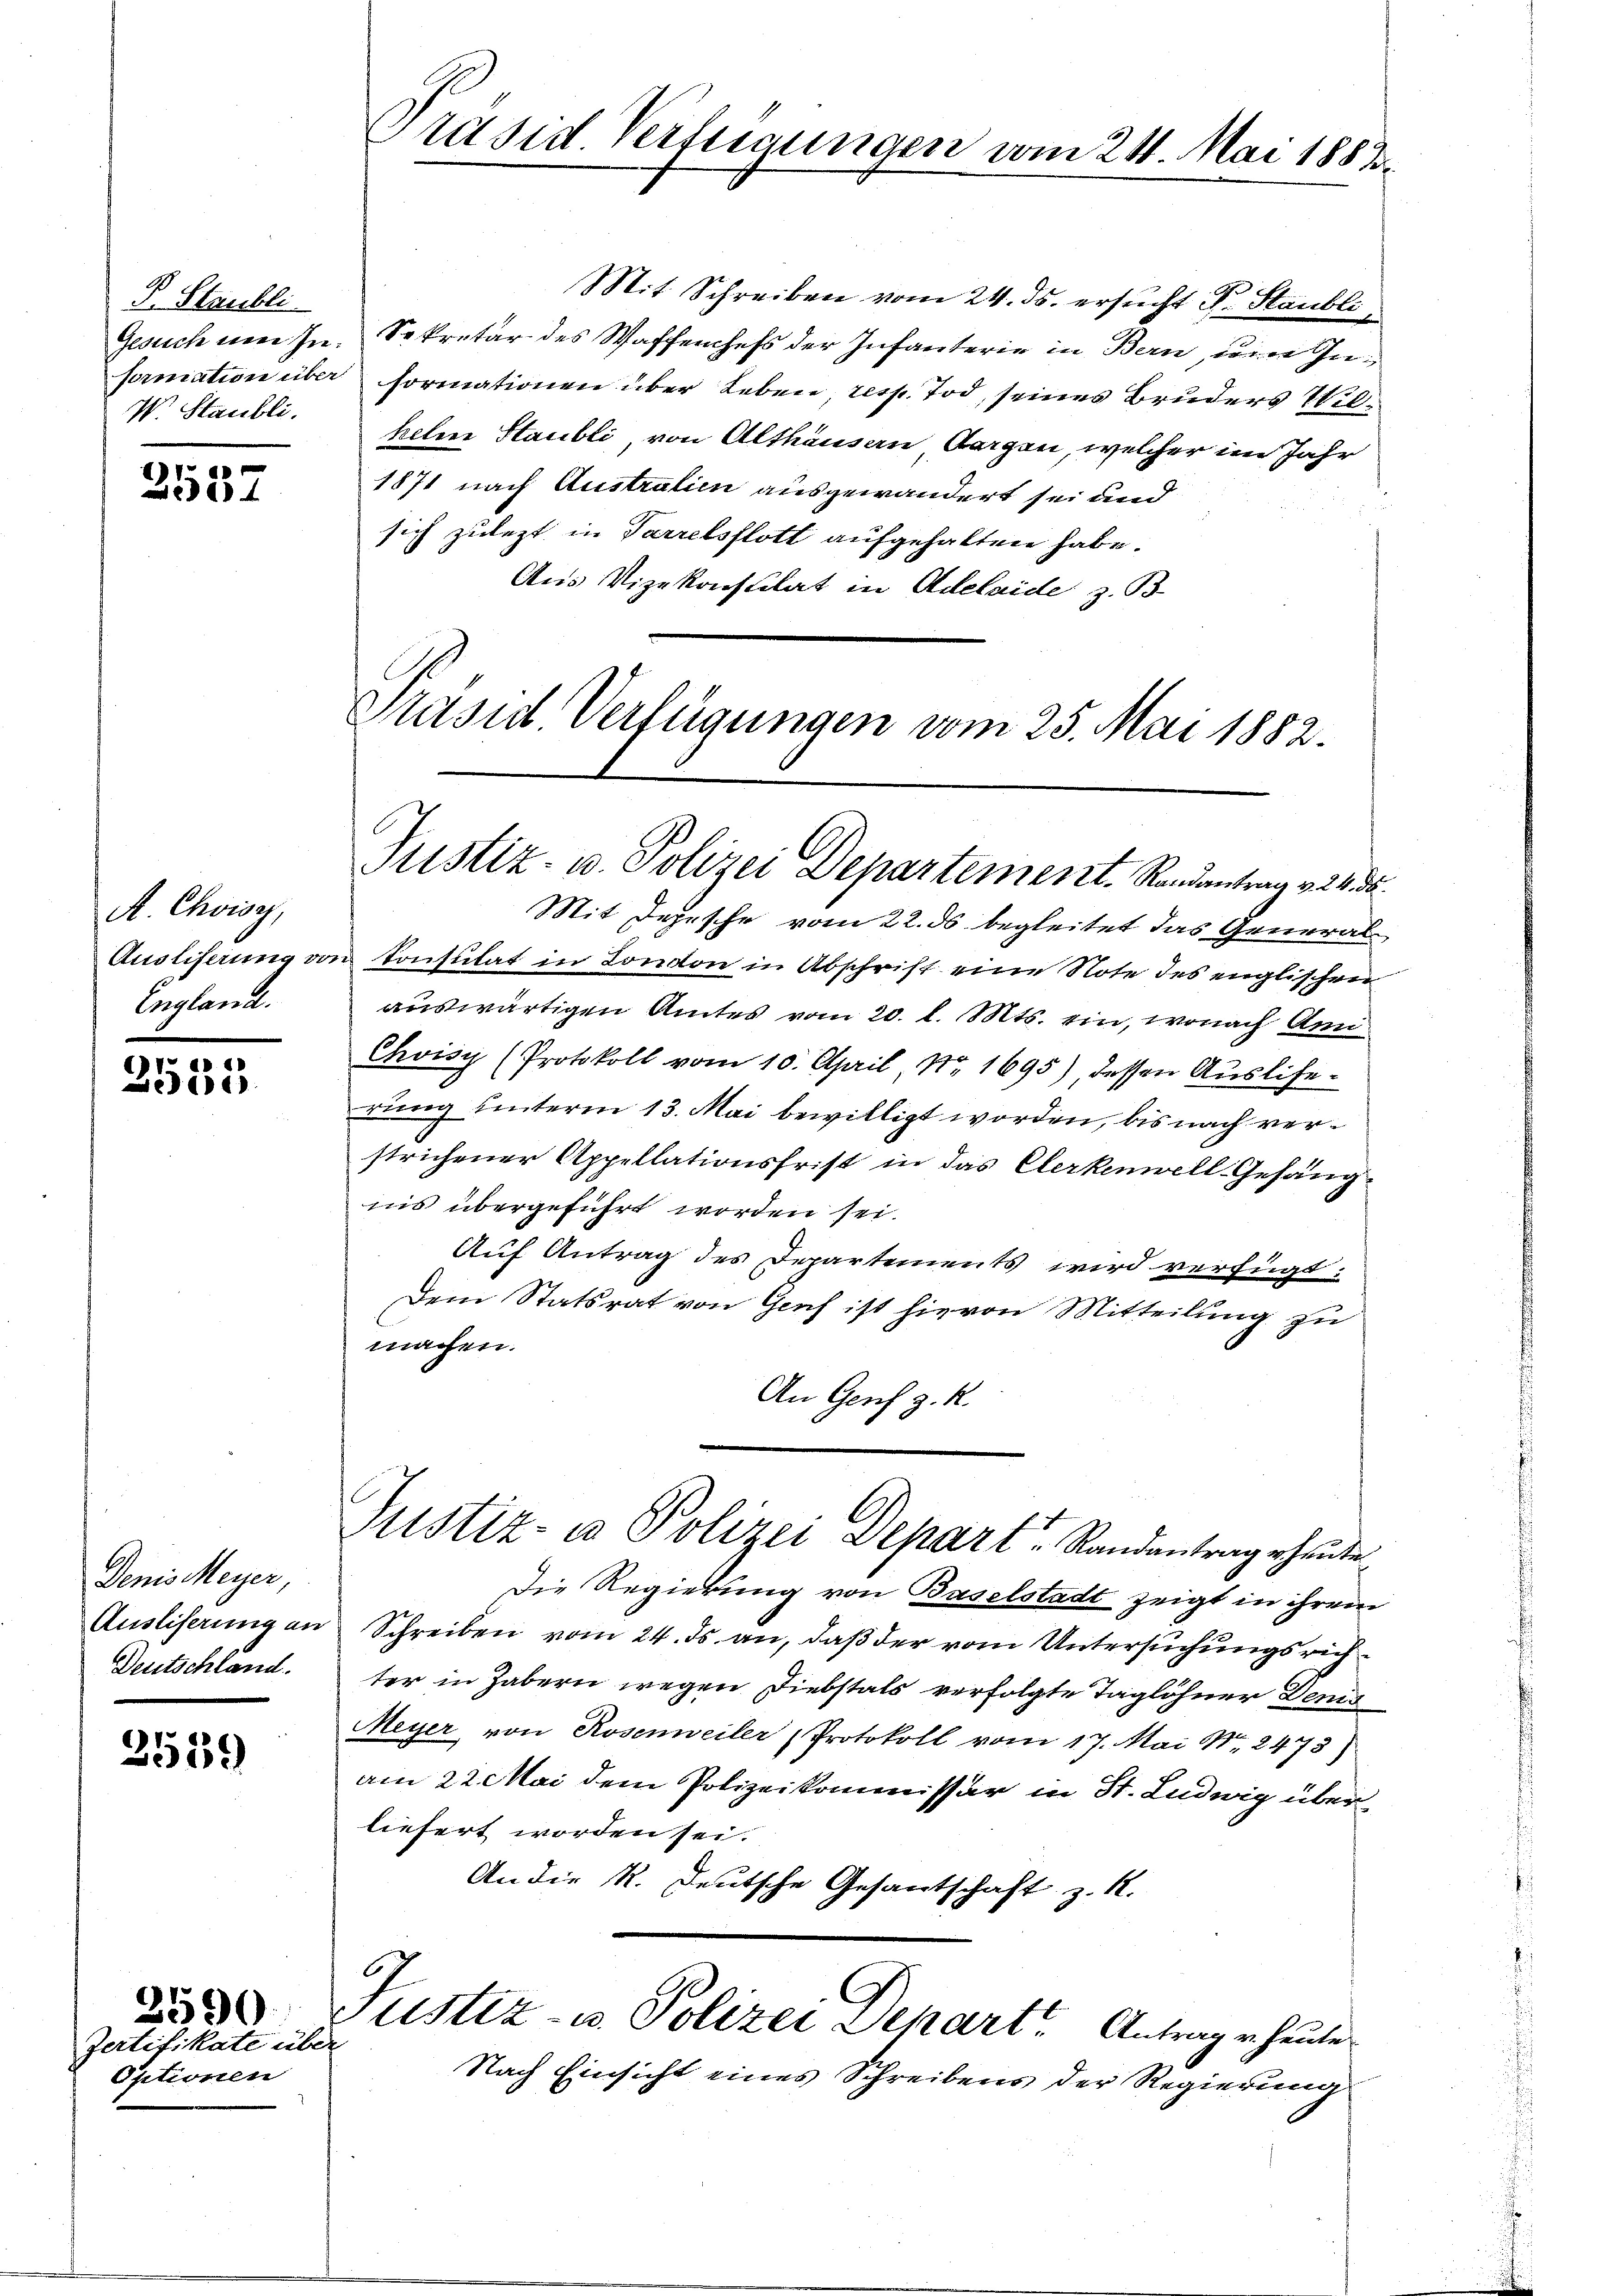
P. Staubli
Gesuch nen In¬
V. Staubli

e
14

A. Choisy,
Auslieferung vo
England.

)
2035

Denis Meyer,
Ausliserung an
Deutschland.

2559

Zertifikate übe
Optionen

3590

Präsid. Vertigungen vom 24. Mai 1883.

Mit Schreiben vom 24. ds. ersucht Dr. Staubli
Sekretär des Waffenchefs der Infanterie in Bern, um Geformation über formationen über Leben, resp. Tod seines Bruders Wilhelm Staubli, von Althausen Sorgen, welcher im Jahr
1871 nach Austratie ausgewandert sei und
sich zulezt in Parrelsflott aufgehalten habe.
Aus Vizekonsulat in Adelaide z. B.

Präsid. Verfügungen vom 25. Mai 1882.
Justiz- u. Polizei Departement. Randantrag v. 24. da

Mit Depesche vom 22. ds begleitet das General¬
u Consulat in London in Abschrift eine Note des englischen
auswärtigen Amtes vom 20. l. Mts. ein, wonach An
Chvisy (Protokoll vom 10. April Nr 1695), dessen Auslierung unterm 13. Mai bewilligt worden, bis nach verstrichener Appellationsfrist in das Clerkennell Gefängins übergeführt worden sei.
Auf Antrag des Departements wird verfügt:
Dem Statsrat von Genf ist hievon Mitteilung zu
machen.
An Genf z. R.
Justiz- u Polizei Depart Randantrag erheute.
Die Regierung von Baselstadt zeigt in ihrem
Schreiben vom 24. ds. an, daß der vom Untersuchungsrichter in Habern wegen Diebstals verfolgte Taglöhner Denis
Meyer von Rosenweiler Protokoll vom 17. Mai N. 2473)
am 22. Mai dem Polizeikommissär in St. Ludwig überliefert worden sei.
An die K. Deutsche Gesantschaft z. R.
6
Justiz- u. Polizei Departe Antrag er heute
f
Nach Einsicht eines Schreibens der Regierungs